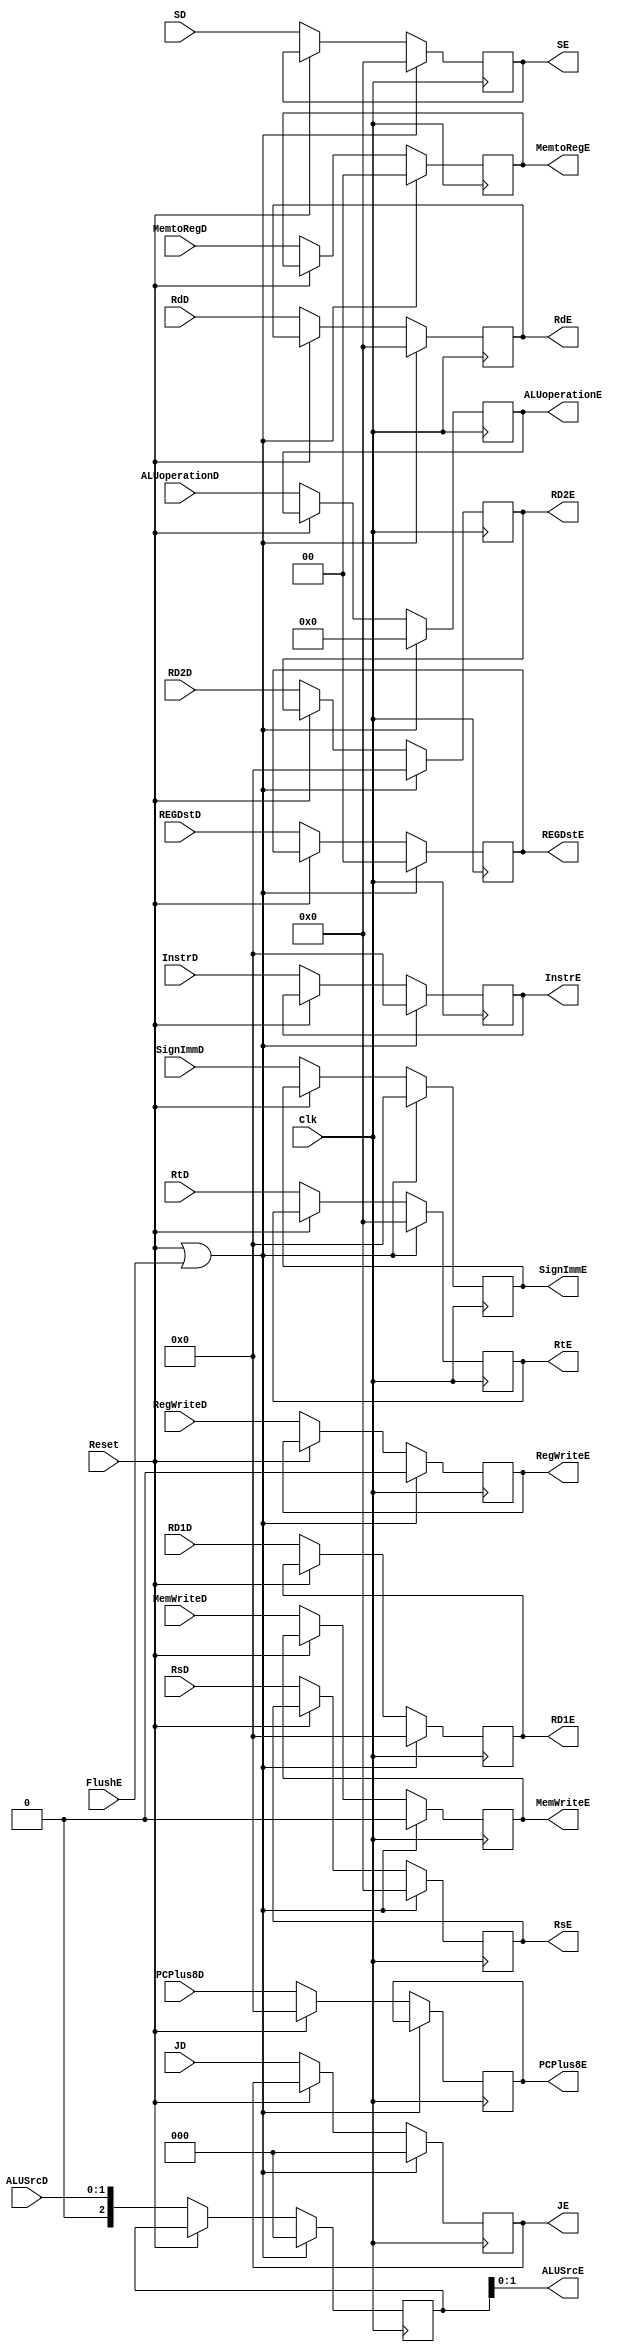
module IDEX(
input [31:0]InstrD,
output [31:0]InstrE,
	input [2:0]JD,
	output [2:0]JE,
	input [31:0]PCPlus8D,
	
	input [31:0]RD1D,
	input [31:0]RD2D,
	input [31:0]SignImmD,
	input [4:0]RsD,
	input [4:0]RtD,
	input [4:0]RdD,
	input [4:0]SD,
	
	input Clk,
	input Reset,
	input FlushE,
	
	input RegWriteD,
	input [1:0]MemtoRegD,
	input MemWriteD,
	input [5:0]ALUoperationD,
	input [1:0]ALUSrcD,	
	input [1:0]REGDstD,

	output [31:0]PCPlus8E,

	output [31:0]RD1E,
	output [31:0]RD2E,
	output [31:0]SignImmE,
	output [4:0]RsE,
	output [4:0]RtE,
	output [4:0]RdE,
	output [4:0]SE,

	output [1:0]REGDstE,
	output [1:0]ALUSrcE,
	output RegWriteE,
	output [5:0]ALUoperationE,
	output MemWriteE,
	output [1:0]MemtoRegE

    );
	 initial begin
			rd1<=32'b0;
			rd2<=32'b0;
			extend<=32'b0;
			rs<=5'b0;
			rt<=5'b0;
			rd<=5'b0;
			s<=5'b0;
			j<=3'b0;			
			pcplus8<=32'b0;
		instr<=32'b0;
			regdst<=2'b00;
			regwrite<=0;
			memwrite<=0;
			memtoreg<=0;
			alusrc<=3'b0;
			aluoperation<=3'b0;
	 end
 reg [31:0]rd1,rd2,extend,instr;
	 reg [4:0]rs,rt,rd,s;
	 reg [1:0]regdst;
	 reg regwrite,memwrite,w,bgezal;
	 reg [1:0]memtoreg;
	 reg [2:0]alusrc;
	 reg [5:0]aluoperation;
	 reg [2:0]j;
	 reg [31:0]pcplus8;
	 assign  RD1E=rd1,
				RD2E=rd2,
				SignImmE=extend,
				RsE=rs,
				RtE=rt,
				RdE=rd,
				SE=s,
				JE=j,				
				PCPlus8E=pcplus8,
			InstrE=instr,
				REGDstE=regdst,
				RegWriteE=regwrite,
			   MemWriteE=memwrite,
	 		   MemtoRegE=memtoreg,
			   ALUSrcE=alusrc,
			   ALUoperationE=aluoperation;
//	assign RdE[0]=rd[0];
				always @(posedge Clk)begin
		if(Reset||FlushE)begin
			rd1<=32'b0;
			rd2<=32'b0;
			extend<=32'b0;
			rs<=5'b0;
			rt<=5'b0;
			rd<=5'b0;
			s<=5'b0;
			j<=3'b0;			
		instr<=32'b0;
			regdst<=2'b0;
			regwrite<=0;
			memwrite<=0;
			memtoreg<=0;
			alusrc<=3'b0;
			aluoperation<=3'b0;
		end
		else if(Reset)begin
			pcplus8<=31'b0;
		end
		else begin
			rd1<=RD1D;
			rd2<=RD2D;
			extend<=SignImmD;
			rs<=RsD;
			rt<=RtD;
			rd<=RdD;
			s<=SD;
			j<=JD;
			pcplus8<=PCPlus8D;
		instr<=InstrD;
			regdst<=REGDstD;
			regwrite<=RegWriteD;
			memwrite<=MemWriteD;
			memtoreg<=MemtoRegD;
			alusrc<=ALUSrcD;
			aluoperation<=ALUoperationD;
		end
	 end


endmodule